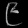
Digit: ၉